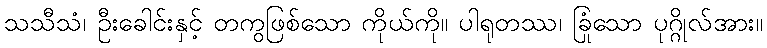
သသီသံ၊ ဦးခေါင်းနှင့် တကွဖြစ်သော ကိုယ်ကို။ ပါရုတဿ၊ ခြုံသော ပုဂ္ဂိုလ်အား။